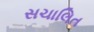
સચાલિત